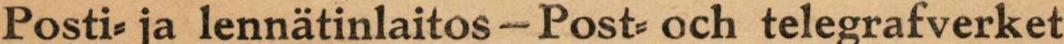
Posti- ja lennätinlaitos -Post- och telegrafverket